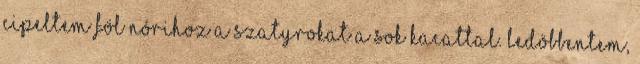
cipeltem föl Nórihoz a szatyrokat a sok kacattal. Ledöbbentem,